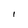
Character: l